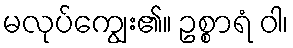
မလုပ်ကျွေး၏။ ဥစ္စာရံ ဝါ၊